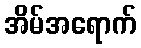
အိမ်အရောက်